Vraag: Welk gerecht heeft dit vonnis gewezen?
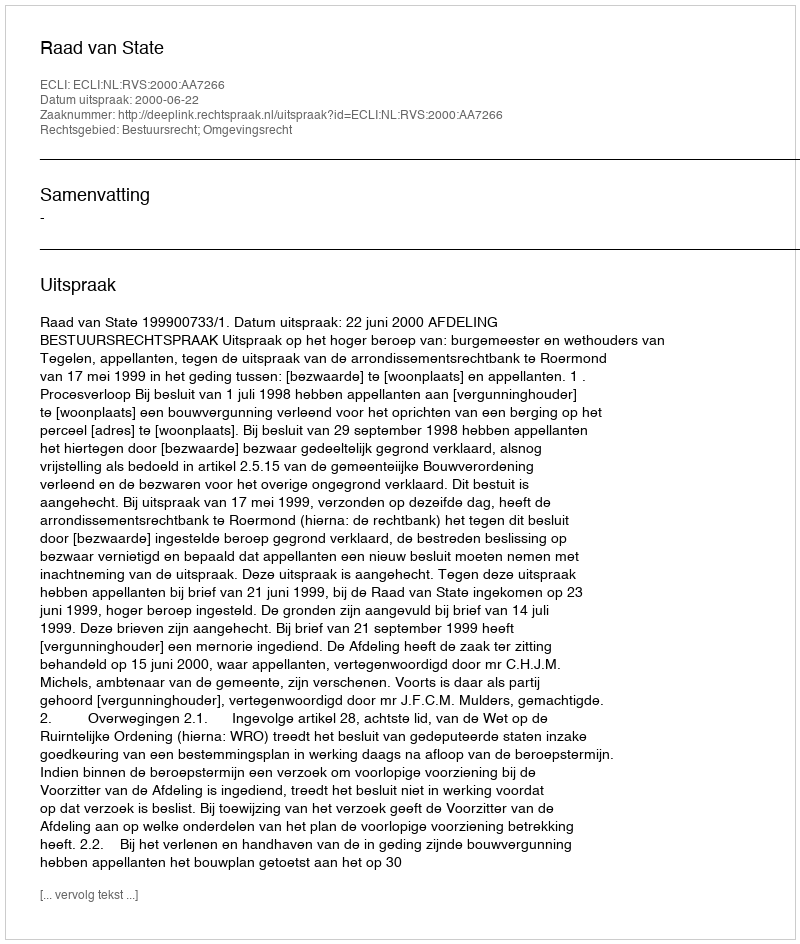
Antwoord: Raad van State